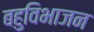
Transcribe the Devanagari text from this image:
बहुविभाजन